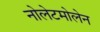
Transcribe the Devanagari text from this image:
नोलेटमोलेन